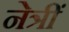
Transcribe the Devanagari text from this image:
नेत्रीं